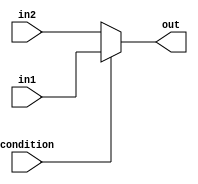
module behavioral_block (
    input wire condition,
    input wire in1,
    input wire in2,
    output reg out
);

always @ (condition or in1 or in2)
begin
    out = condition ? in1 : in2;
end

endmodule